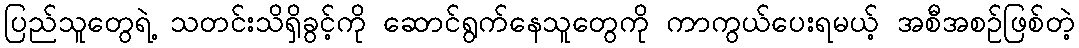
ပြည်သူတွေရဲ့ သတင်းသိရှိခွင့်ကို ဆောင်ရွက်နေသူတွေကို ကာကွယ်ပေးရမယ့် အစီအစဉ်ဖြစ်တဲ့